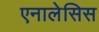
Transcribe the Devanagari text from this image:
एनालेसिस